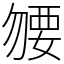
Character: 𧟰